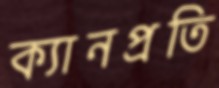
ক্যানপ্রতি